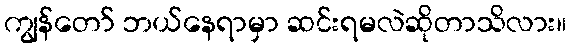
ကျွန်တော် ဘယ်နေရာမှာ ဆင်းရမလဲဆိုတာသိလား။